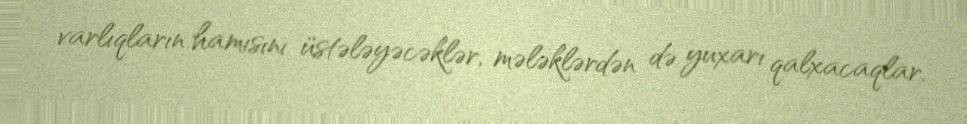
varlıqların hamısını üstələyəcəklər, mələklərdən də yuxarı qalxacaqlar.